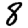
Digit: 8